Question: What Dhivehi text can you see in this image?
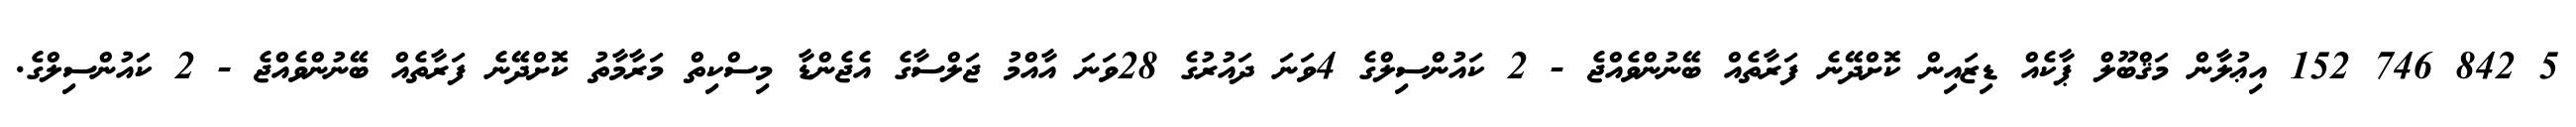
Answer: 5 842 746 152 އިޢުލާން މަޤްބޫލް ޕާކެއް ޑިޒައިން ކޮށްދޭނެ ފަރާތެއް ބޭނުންވެއްޖެ - 2 ކައުންސިލްގެ 4ވަނަ ދައުރުގެ 28ވަނަ އާއްމު ޖަލްސާގެ އެޖެންޑާ މިސްކިތް މަރާމާތު ކޮށްދޭނެ ފަރާތެއް ބޭނުންވެއްޖެ - 2 ކައުންސިލްގެ.